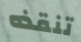
تنقذه